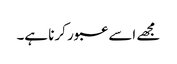
مجھے اسے عبور کرنا ہے۔